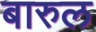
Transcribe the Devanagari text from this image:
बारुल